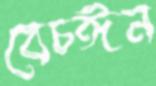
বেচঈন